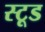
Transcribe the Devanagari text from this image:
स्टूड